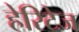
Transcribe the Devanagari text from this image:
हेरिटेज